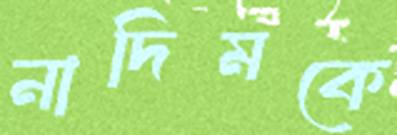
নাদিমকে